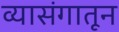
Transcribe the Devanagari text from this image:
व्यासंगातून